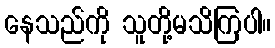
နေသည်ကို သူတို့မသိကြပါ။